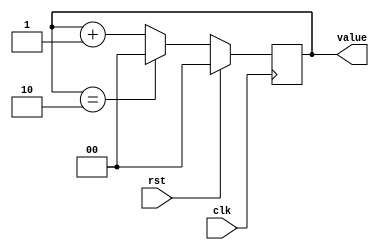
/*
   This file was generated automatically by the Mojo IDE version B1.3.6.
   Do not edit this file directly. Instead edit the original Lucid source.
   This is a temporary file and any changes made to it will be destroyed.
*/

/*
   Parameters:
     SIZE = 2
     DIV = 0
     TOP = 2b10
     UP = 1
*/
module counter_14 (
    input clk,
    input rst,
    output reg [1:0] value
  );
  
  localparam SIZE = 2'h2;
  localparam DIV = 1'h0;
  localparam TOP = 2'h2;
  localparam UP = 1'h1;
  
  
  reg [1:0] M_ctr_d, M_ctr_q = 1'h0;
  
  localparam MAX_VALUE = 2'h2;
  
  always @* begin
    M_ctr_d = M_ctr_q;
    
    value = M_ctr_q[0+1-:2];
    if (1'h1) begin
      M_ctr_d = M_ctr_q + 1'h1;
      if (1'h1 && M_ctr_q == 2'h2) begin
        M_ctr_d = 1'h0;
      end
    end else begin
      M_ctr_d = M_ctr_q - 1'h1;
      if (1'h1 && M_ctr_q == 1'h0) begin
        M_ctr_d = 2'h2;
      end
    end
  end
  
  always @(posedge clk) begin
    if (rst == 1'b1) begin
      M_ctr_q <= 1'h0;
    end else begin
      M_ctr_q <= M_ctr_d;
    end
  end
  
endmodule